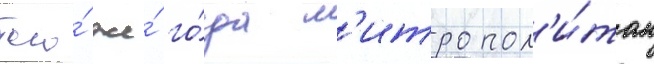
того́ же́ го́да м'итропол'и́том